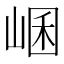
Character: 𡸙